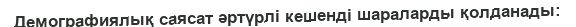
Демографиялық саясат әртүрлі кешенді шараларды қолданады: